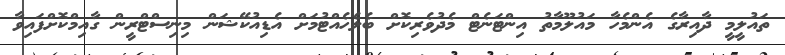
ތައުލީމީ ދާއިރާގެ އެންމެހާ މައުލޫމާތު އިންޓަނެޓް މެދުވެރިކޮށް ބެލެހެއްޓުމަށް އެޑިއުކޭޝަން މިނިސްޓްރީން ގާއިމްކޮށްފައިވާ